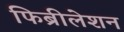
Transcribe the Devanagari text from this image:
फिब्रीलेशन